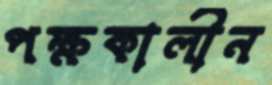
পক্ষকালীন